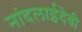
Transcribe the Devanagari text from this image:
नांदलाईदेवी